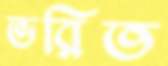
ভরিত